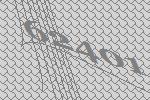
62401